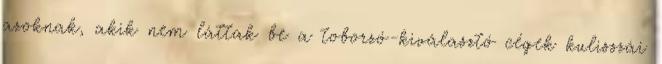
azoknak, akik nem láttak be a toborzó-kiválasztó cégek kulisszái